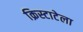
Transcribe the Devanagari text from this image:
क्रिस्टाटेला